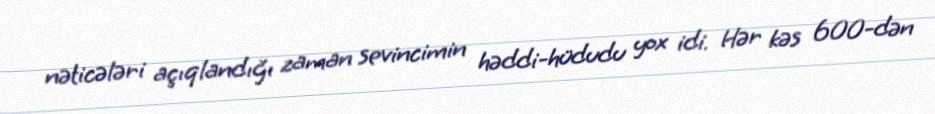
nəticələri açıqlandığı zaman sevincimin həddi-hüdudu yox idi. Hər kəs 600-dən